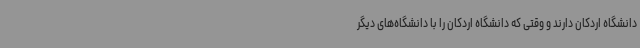
دانشگاه اردکان دارند و وقتی که دانشگاه اردکان را با دانشگاه‌های دیگر